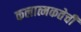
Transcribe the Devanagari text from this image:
कलात्मकतेची